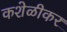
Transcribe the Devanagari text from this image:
कशेळीकर